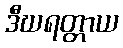
ဒီဃရတ္တာယ